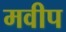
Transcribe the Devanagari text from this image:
मवीप